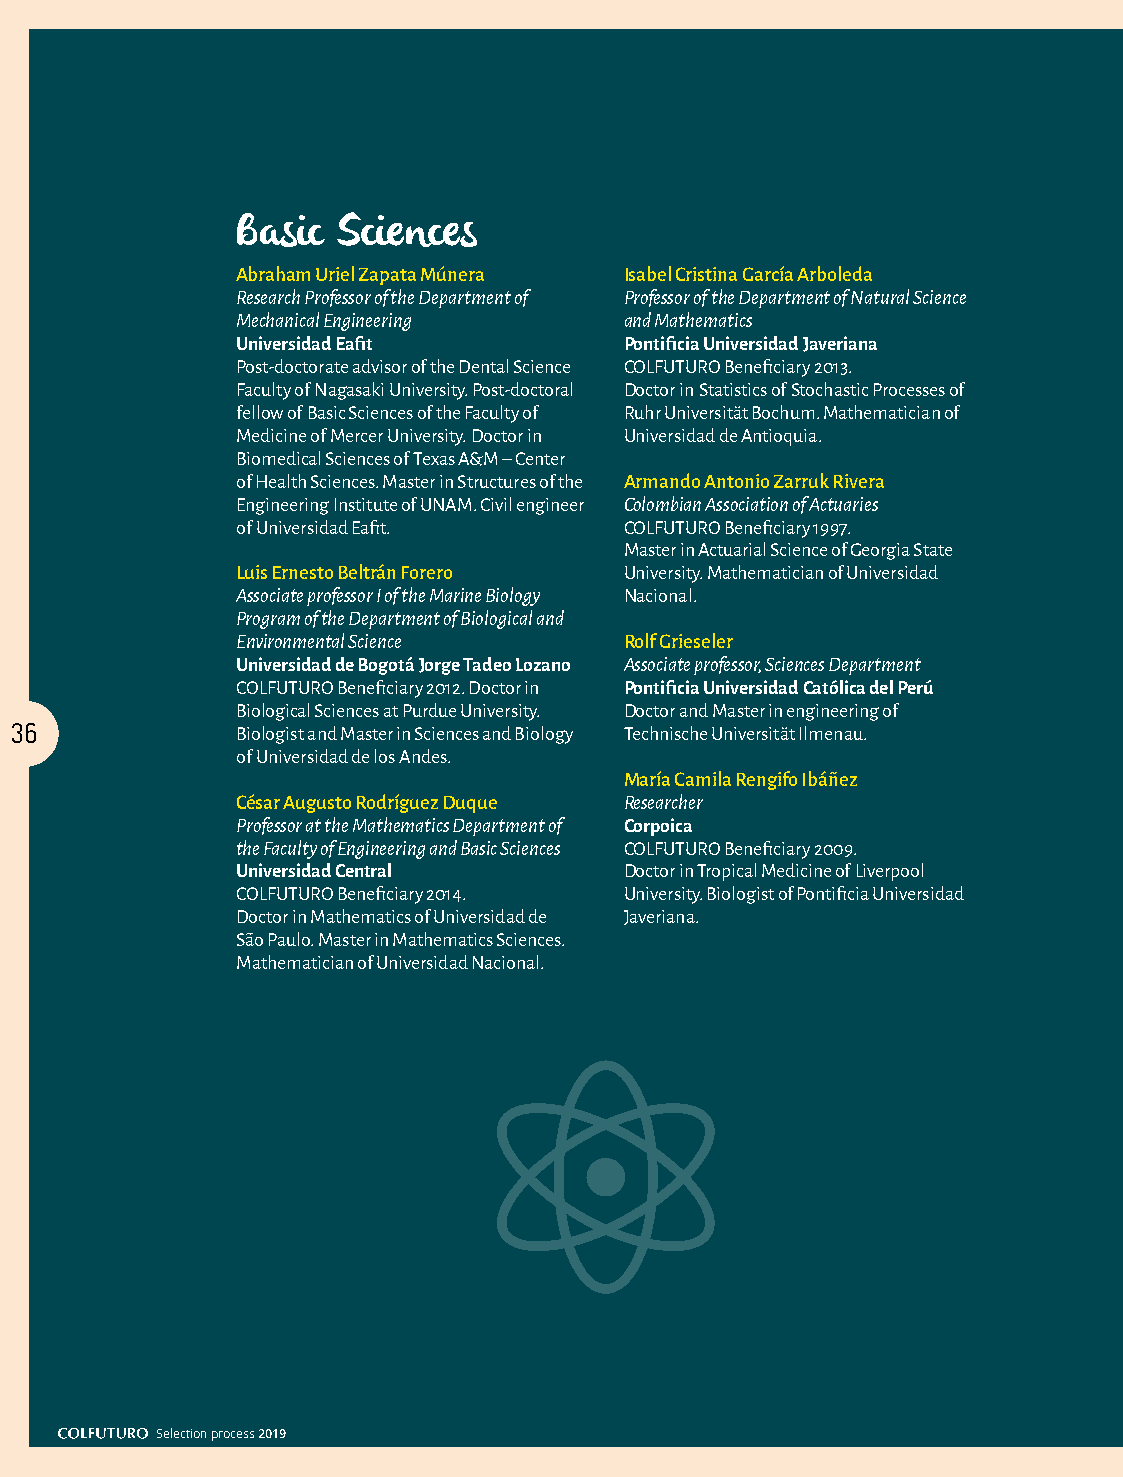
Basic Sciences
 Abraham Uriel Zapata Múnera Isabel Cristina García Arboleda
 Research Professor of the Department of Professor of the Department of Natural Science
 Mechanical Engineering   and Mathematics
 Universidad Eafit        Pontificia Universidad Javeriana
 Post-doctorate advisor of the Dental Science COLFUTURO Beneficiary 2013.
 Faculty of Nagasaki University. Post-doctoral Doctor in Statistics of Stochastic Processes of
 fellow of Basic Sciences of the Faculty of Ruhr Universität Bochum. Mathematician of
 Medicine of Mercer University. Doctor in Universidad de Antioquia.
 Biomedical Sciences of Texas A&M – Center
 of Health Sciences. Master in Structures of the Armando Antonio Zarruk Rivera
 Engineering Institute of UNAM. Civil engineer Colombian Association of Actuaries
 of Universidad Eafit.    COLFUTURO Beneficiary 1997.
 Master in Actuarial Science of Georgia State
 Luis Ernesto Beltrán Forero University. Mathematician of Universidad
 Associate professor I of the Marine Biology Nacional.
 Program of the Department of Biological and
 Environmental Science    Rolf Grieseler
 Universidad de Bogotá Jorge Tadeo Lozano Associate professor, Sciences Department
 COLFUTURO Beneficiary 2012. Doctor in Pontificia Universidad Católica del Perú
 Biological Sciences at Purdue University. Doctor and Master in engineering of
 36             Biologist and Master in Sciences and Biology Technische Universität Ilmenau.
 of Universidad de los Andes.
 María Camila Rengifo Ibáñez
 César Augusto Rodríguez Duque Researcher
 Professor at the Mathematics Department of Corpoica
 the Faculty of Engineering and Basic Sciences COLFUTURO Beneficiary 2009.
 Universidad Central      Doctor in Tropical Medicine of Liverpool
 COLFUTURO Beneficiary 2014. University. Biologist of Pontificia Universidad
 Doctor in Mathematics of Universidad de Javeriana.
 São Paulo. Master in Mathematics Sciences.
 Mathematician of Universidad Nacional.
 Selection process 2019